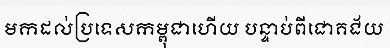
មកដល់ប្រទេសកម្ពុជាហើយ បន្ទាប់ពីជោគជ័យ